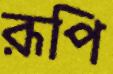
রূপি